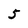
Character: 5